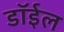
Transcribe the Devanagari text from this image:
डॉईल